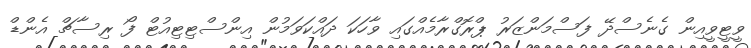
ވީޓީވީއިން ގެނެސްދޭ ފަސްމަންޒަރު ޕްރޮގްރާމެއްގައި ވާހަކަ ދައްކަވަމުން އިންސްޓިޓިއުޓް ފޯ ރިސާޗް އެންޑް